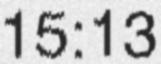
15:13